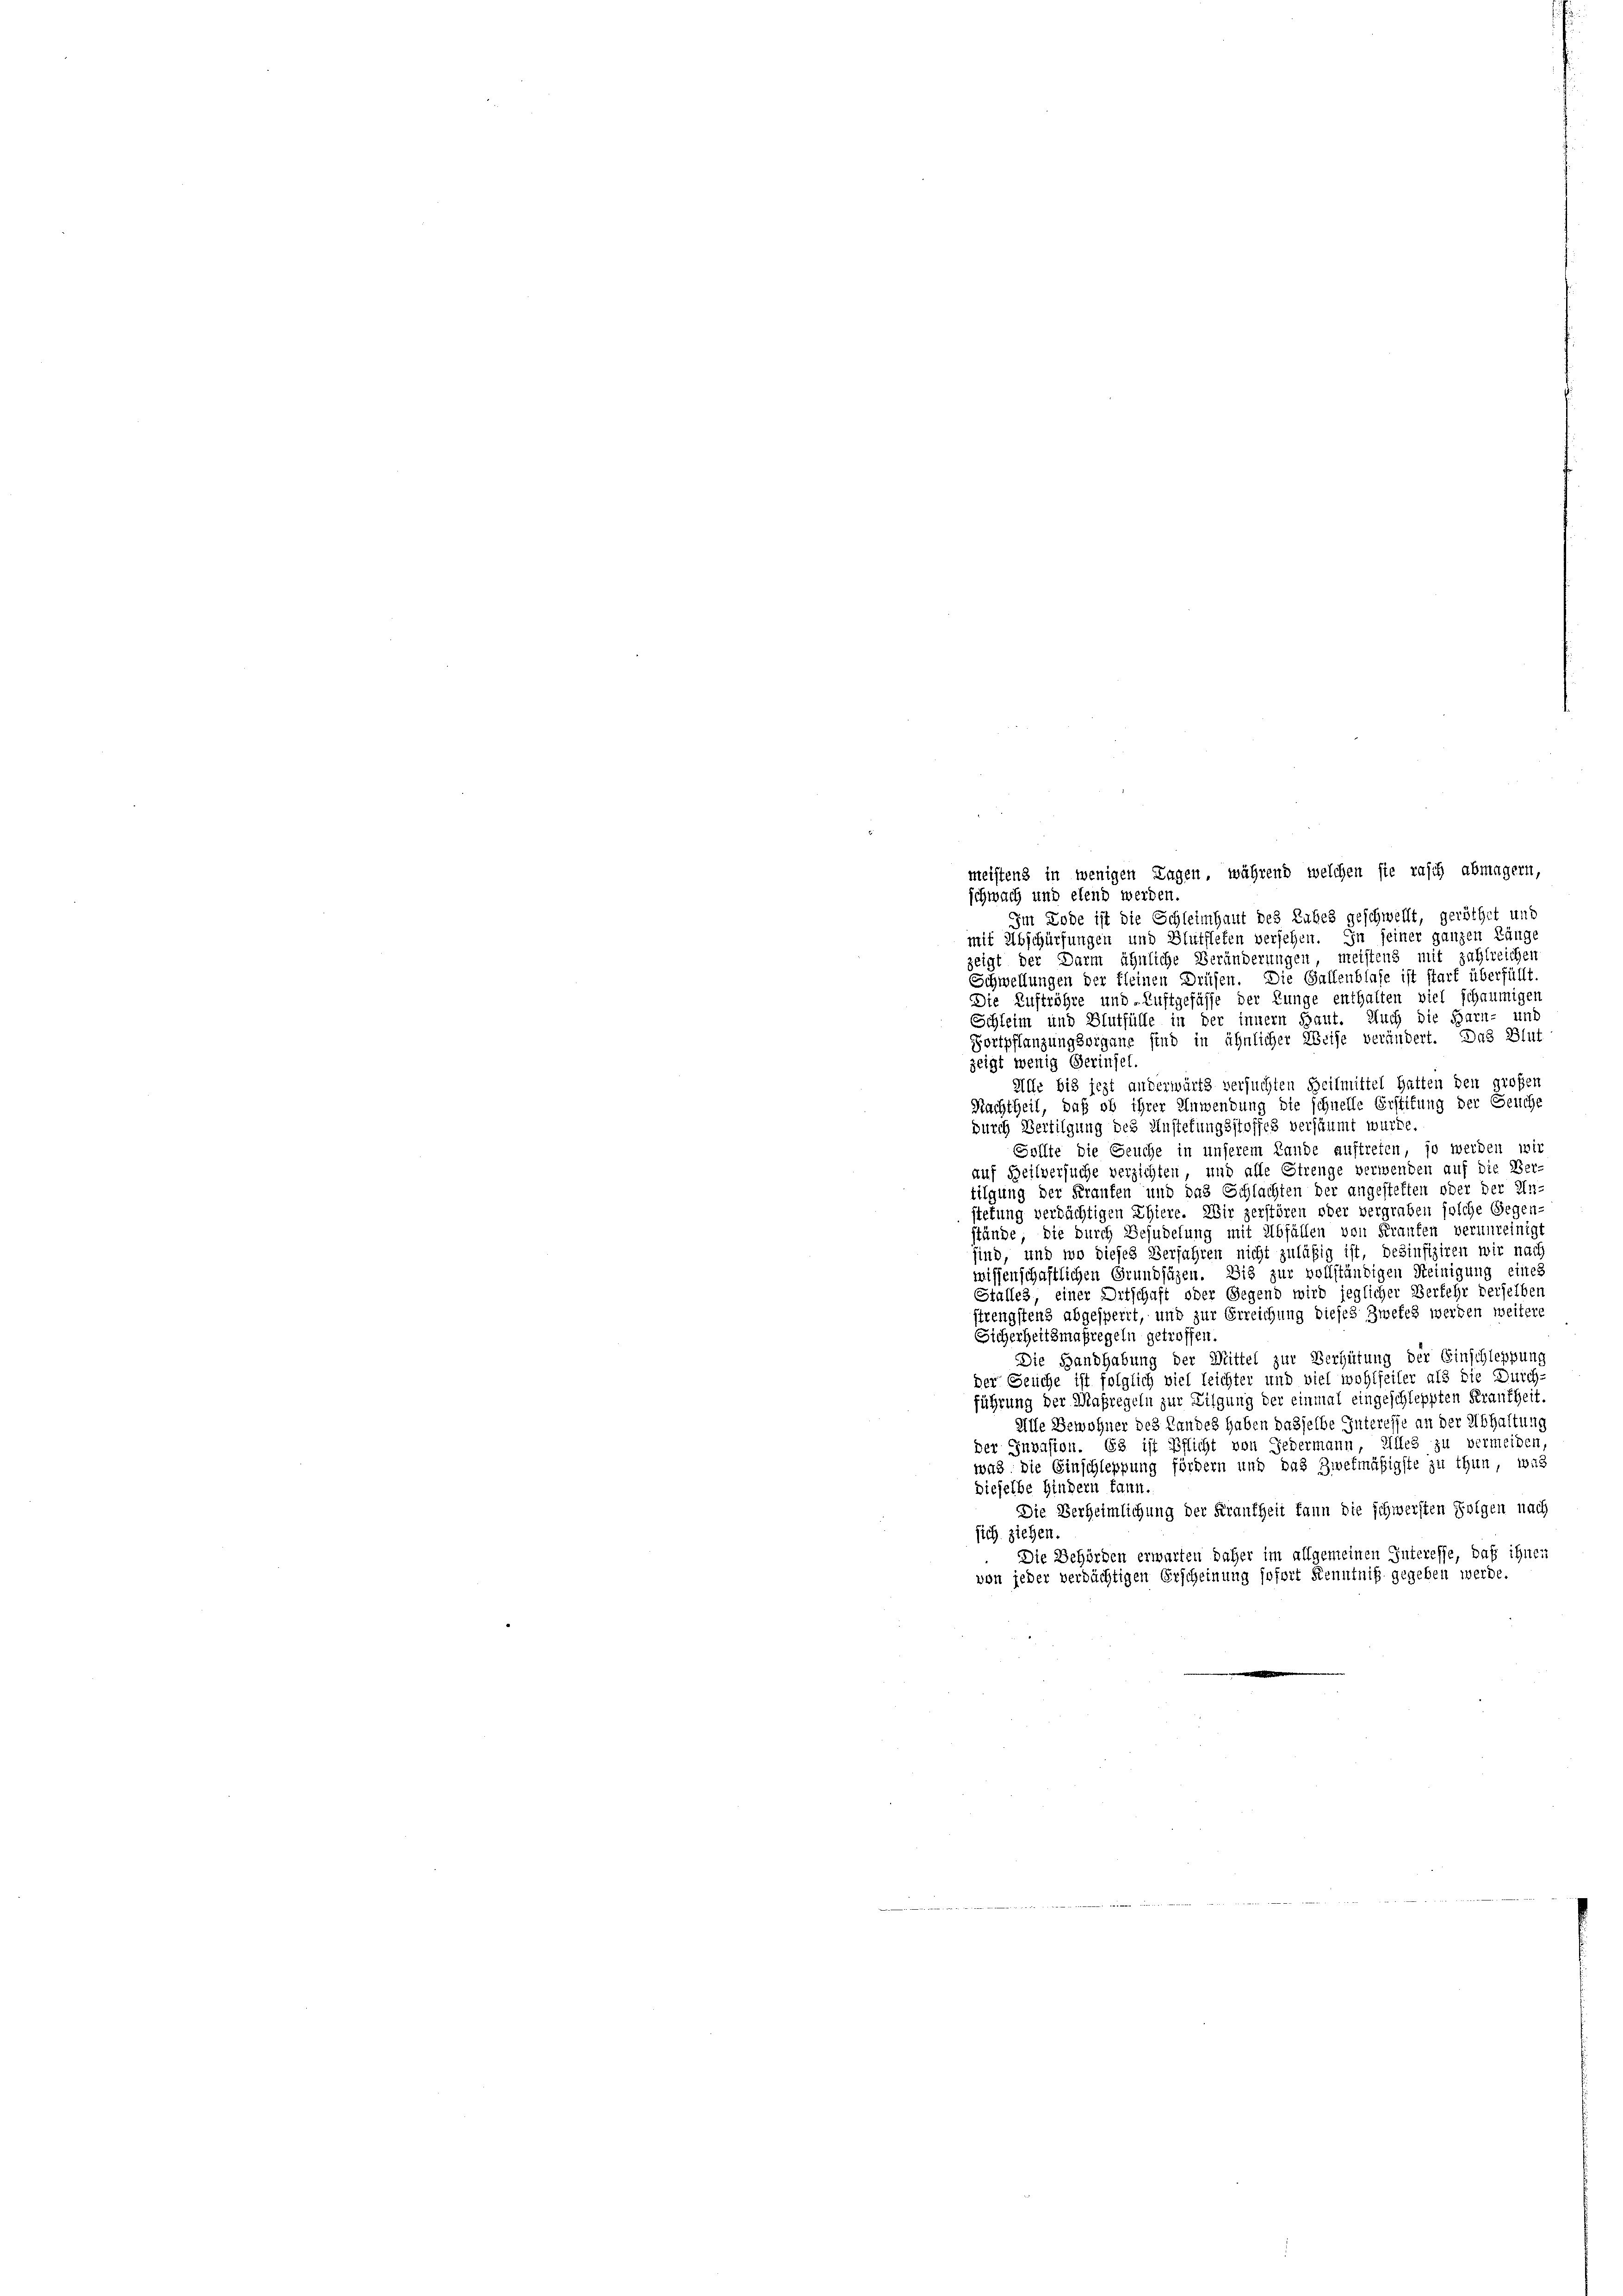
meistens in wenigen Lagen, während welchen sie rasch abmagern,
schwach und elend werden.
Im Lode ist die Schleimhaut des Labes geschwellt, geröthet und
mit Abschürfungen und Blutfleten versehen. In seiner ganzen Länge
zeigt der Darm ähnliche Veränderungen, meistens mit zahlreichen
Schwellungen der Kleinen Drüsen. Die Gallenblase ist start überfüllt.
Die Auftröhre und Luftgefässe der Lunge enthalten viel schaumigen
Schleim und Blutfülle in der innern Haut. Auch die Harn- und
Fortpflanzungsorgane sind in ähnlicher Weise verändert. Das Blut
zeigt wenig Geringel.
Alfe bis jezt anderwärts versuchten Heilmittel hatten den großen
Nachtheil, daß ob ihrer Anwendung die schnelle Erstitung der Geuche
durch Bertilgung des Anstehungsstoffes versäumt wurde.
Sollte die Seuche in unserem Lande auftreten, so werden wir
auf Beilversuche verzichten, und alle Strenge verwenden auf die Ver-
tilgung der Fraufen und das Schlachten der angestelten oder der Un-
stetung verdächtigen Ehiere. Wir zerstören oder vergraben solche Gegen-
stände, die durch Besudelung mit Abfällen von Kranten verunreinigt
sind, und wo dieses Verfahren nicht zuläßig ist, besinfiziren wir nach
wissenschaftlichen Grundsätzen. Die zur vollständigen Reinigung eines
Stalles, einer Ortschaft oder Gegend wird jeglicher Verkehr derselber
strengstens abgesperrt, und zur Erreichung dieses Zwekes werden weitere
Sicherheitsmaßregeln getroffen.
Die Handhabung der Mittel zur Vergütung der Einschleppung
der Seuche ist folglich viel leichter und viel wohlfeiler als die Durch-
führung der Maßregeln zur Tilgung der einmal eingeschleppten Brautheit,
Alle Bewohner des Landes haben dasselbe Interesse an der Abhaltung
der Invasion. Es ist Pflicht von Gedermann, Elles zu vermeiden
was. Die Einschleppung fördern und das Zwekmäßigste zu thun, was
dieselbe Hindern kann.
Die Verheimlichung der Frankheit kann die schwersten Folgen nach
sich ziehen
Die Behörden erwarten daher im allgemeinen Interesse, daß ihnen
von jeder verdächtigen Erscheinung sofort Kenntniß gegeben werde.